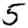
Digit: 5